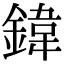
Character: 鍏